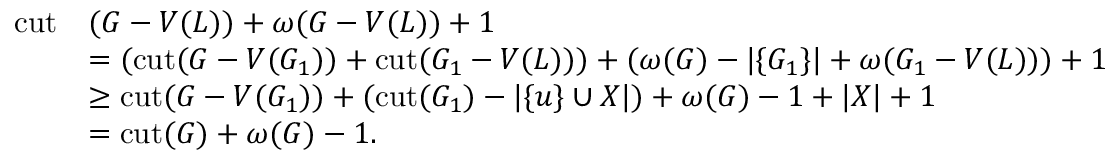
\begin{array} { r l } { \mathrm { c u t } } & { ( G - V ( L ) ) + \omega ( G - V ( L ) ) + 1 } \\ & { = ( \mathrm { c u t } ( G - V ( G _ { 1 } ) ) + \mathrm { c u t } ( G _ { 1 } - V ( L ) ) ) + ( \omega ( G ) - | \{ G _ { 1 } \} | + \omega ( G _ { 1 } - V ( L ) ) ) + 1 } \\ & { \geq \mathrm { c u t } ( G - V ( G _ { 1 } ) ) + ( \mathrm { c u t } ( G _ { 1 } ) - | \{ u \} \cup X | ) + \omega ( G ) - 1 + | X | + 1 } \\ & { = \mathrm { c u t } ( G ) + \omega ( G ) - 1 . } \end{array}